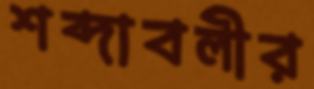
শব্দাবলীর